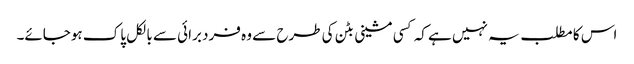
اس کا مطلب یہ نہیں ہے کہ کسی مشینی بٹن کی طرح سے وہ فرد برائی سے بالکل پاک ہوجائے۔